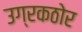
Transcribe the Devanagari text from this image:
उग्रकठोर